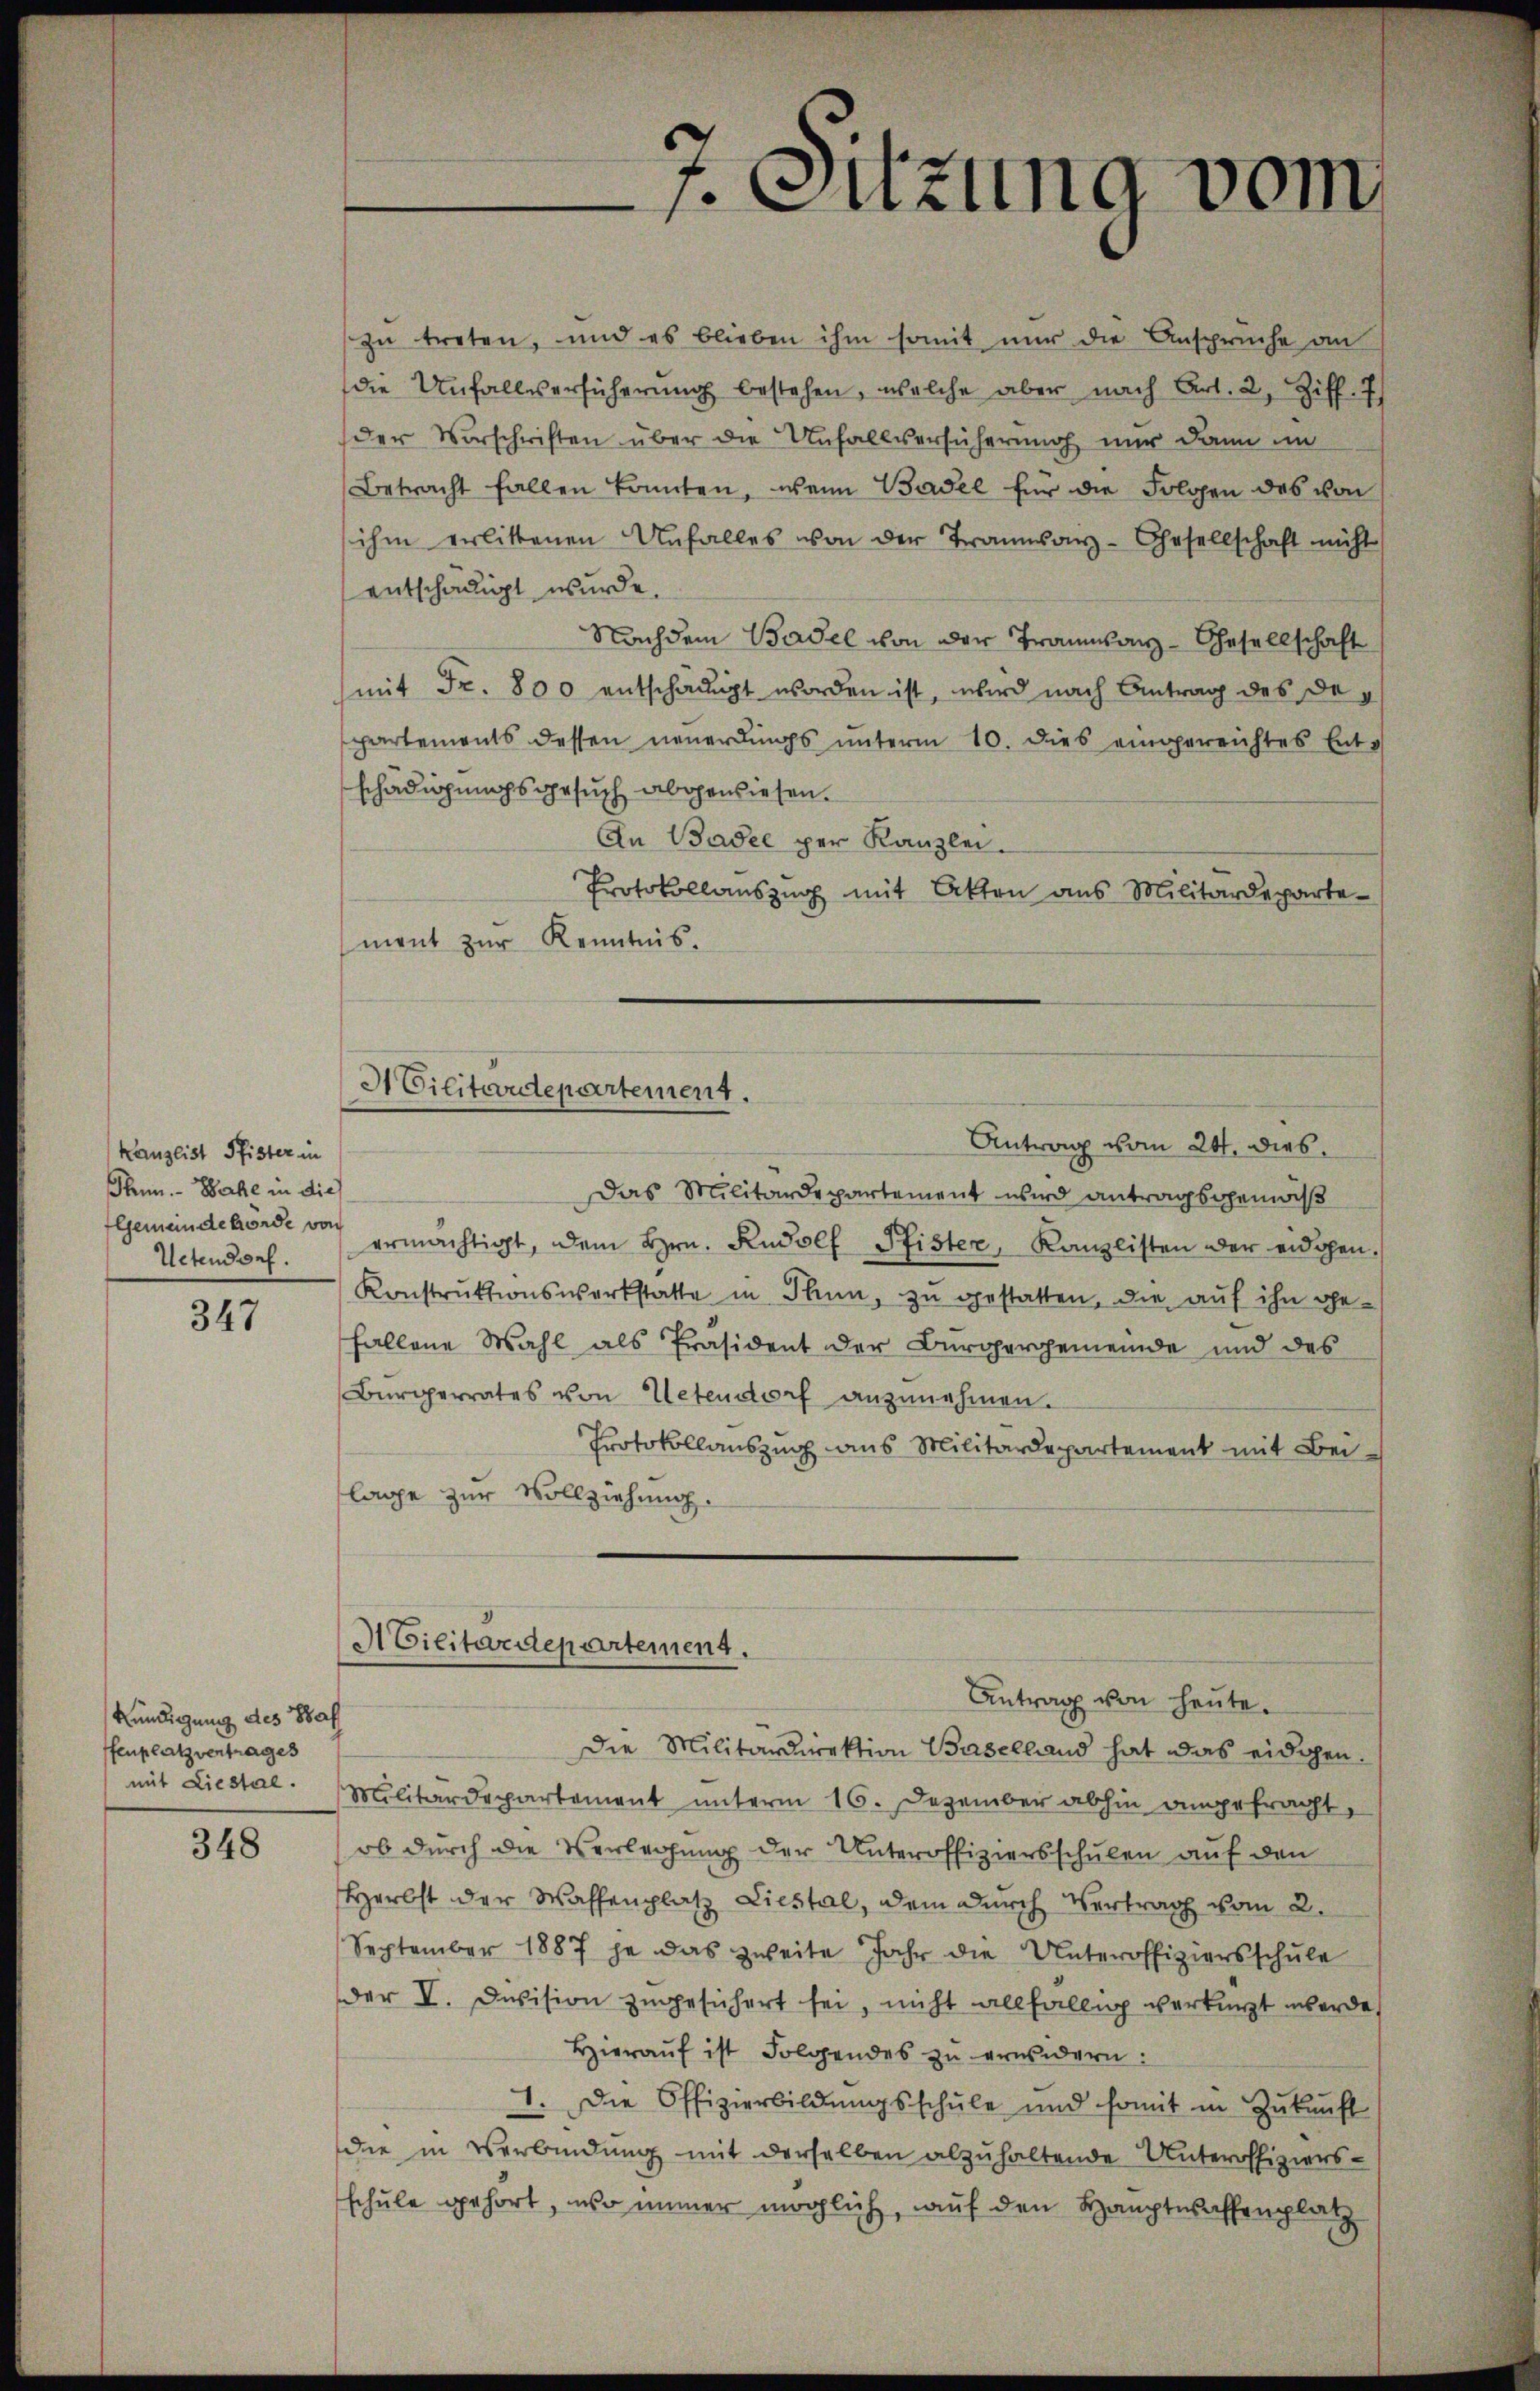
Kanzleist Pfister in
Thun. - Bache in die
Gemeinde Morde von
Uetendorf.

347

Kündigung des Sal
fenplatz vertrages
mit Liestal.

348

zu treten, und es blieben ihm somit nur die Ansprüche an
die Unfallersücherŭng bestehen, welche aber nach Art. 2, Ziff. 7
der Vorschriften über die Unfallsersicherung nur dann im
Betracht fallen könnten, wenn Basel für die Folgen des von
ihm erlittenen Unfalles von der Trainanz-Chesellschaft nicht
entschädigt wurde.
Nachdem Basel von der Trainanz-Gesellschaft
(mit Fr. 800 entschädigt worden ist, wird nach Antrag des Despartements dessen neuerdings unterm 10. dies eingereichtes Entschädigungsgesuch abgewiesen.
An Basel per Kanzlei.
Protokollauszug mit Akten aus Militärdepartement zur Kenntnis.
Antrag vom 24. dies
Das Militärdepartement wird antragsgemäß
ermächtigt, dem Hrn. Rudolf Pfister, Kanzlisten der eidgen.
Konstrŭktionswerkstatte in Thun, zu gestatten, die auf ihn ge-
fallene Wahl als Präsident der Bürgergemeinde und des
Bürgerrates von Uetendorf anzunehmen.
Protokollauszug aus Militärdepartement mit Beilage zur Vollziehung.
ACilitärdepartement.
Antrag von heute.
Die Militärdirektion Baselland hat das eidgen.
Militärdepartement unterm 16. Dezember abhin angefracht,
ob durch die Verlegung der Unteroffiziersschulen auf den
Herbst der Waffenplatz Liestal, dem durch Vertrag vom 2.
September 1887 ja das zweite Jahr die Unteroffiziersschule
der V. Division zugesichert sei, nicht allfällig verkürzt werde,
Hierauf ist Folgendes zu erwidern:
1. Die Offizierbildŭngsschŭle und somit in Zŭkŭnft
dee in Verbindung mit derselben abzuhaltende Unteroffiziersschule gehört, wo immer möglich, auf den Hauptwaffenplatz

f. Sitzung vom

St Vilitärdepartement.